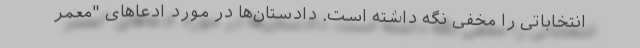
انتخاباتی را مخفی نگه داشته است. دادستان‌ها در مورد ادعاهای "معمر